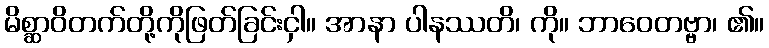
မိစ္ဆာဝိတက်တို့ကိုဖြတ်ခြင်းငှါ။ အာနာ ပါနဿတိ၊ ကို။ ဘာဝေတဗ္ဗာ၊ ၏။